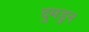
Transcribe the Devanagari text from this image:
दुमडुन